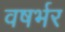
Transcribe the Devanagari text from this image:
वषर्भर